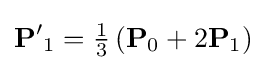
\mathbf {P'} _{1}={\tfrac {1}{3}}\left(\mathbf {P} _{0}+2\mathbf {P} _{1}\right)